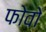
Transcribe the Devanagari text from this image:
फोवो